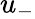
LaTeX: u_{-}